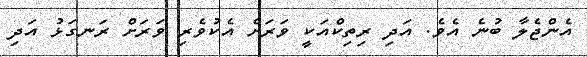
އެންޖެލާ ބުނެ އެވެ. އަދި ރިތިކްއަކީ ވަރަށް އެކުވެރި ވަރަށް ރަނގަޅު އަދި